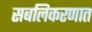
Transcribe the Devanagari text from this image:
सबलिकरणात